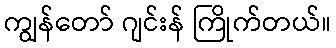
ကျွန်တော် ဂျင်းန် ကြိုက်တယ်။